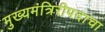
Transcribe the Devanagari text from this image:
मुख्यमंत्रिरीपदाचा